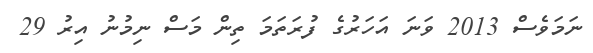
ނަމަވެސް 2013 ވަނަ އަހަރުގެ ފުރަތަމަ ތިން މަސް ނިމުނު އިރު 29